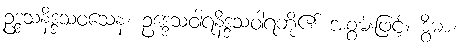
ဥဒ္ဒသနိဒ္ဒသဝသေန၊ ဥဒ္ဒေသဝါရနိဒ္ဒသဝါရတို့၏ အစွမ်းဖြင့်။ ဒွိဓာ၊